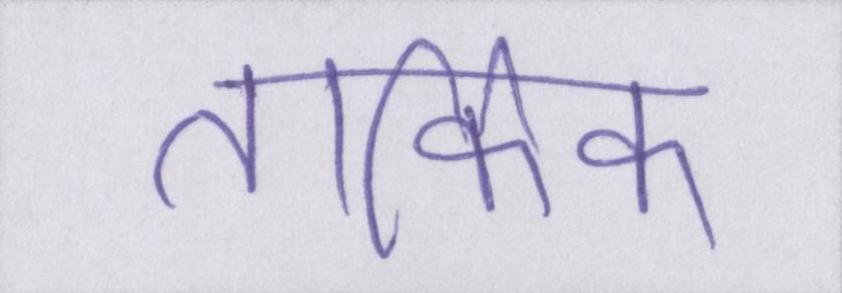
तार्किक